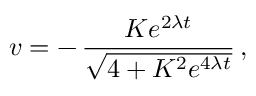
v = - \, \frac { K e ^ { 2 \lambda t } } { \sqrt { 4 + K ^ { 2 } e ^ { 4 \lambda t } } } \, ,